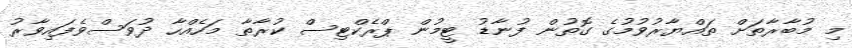
މި މުބާރާތަށް ތައްޔާރުވުމުގެ ގޮތުން ފުނާޑު ޓީމުން ޕްރެކްޓިސް ކުރާތާ މަހެއްހާ ދުވަސްވެފައިވާރު